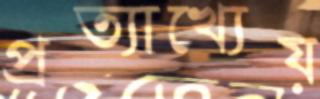
প্রত্যাখ্যেয়